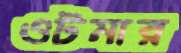
ওটমার